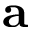
\bf a